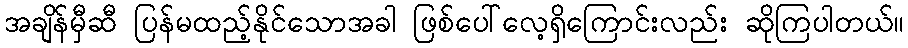
အချိန်မှီဆီ ပြန်မထည့်နိုင်သောအခါ ဖြစ်ပေါ်လေ့ရှိကြောင်းလည်း ဆိုကြပါတယ်။